Report on plague in the Punjab from October 1st ... to September 30th ..., being the ... season of plague in the province
Disease focus: Plague
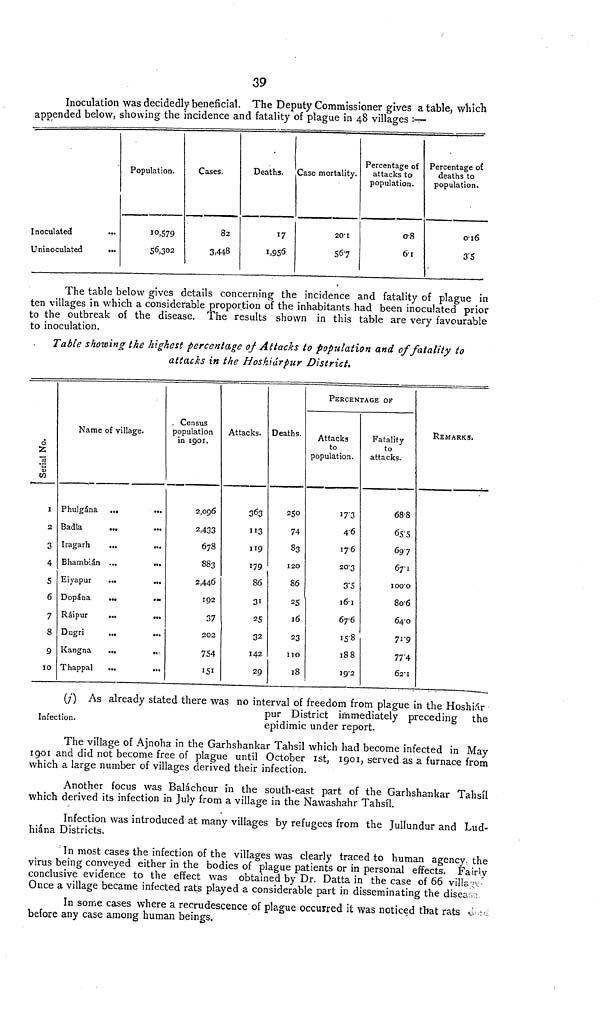
39
Inoculation was decidedly beneficial. The Deputy Commissioner gives a table, which
appended below, showing the incidence and fatality of plague in 48 villages :-
Inoculated
Uninoculated
Population.
10,579
56,302
Cases.
82
3,448
Deaths.
17
1,956
Case mortality.
20.1
56.7
Percentage of
attacks to
population.
0.8
6.1
Percentage of
deaths to
population.
0.16
3.5
The table below gives details concerning the incidence and fatality of plague in
ten villages in which a considerable proportion of the inhabitants had been inoculated prior
to the outbreak of the disease. The results shown in this table are very favourable
to inoculation.
Table showing the highest percentage of Attacks to population and of fatality to
attacks in the Hoshiárpur District.
Serial No.
1
2
3
4
5
6
7
8
9
10
Name of village.
Phulgána
...
Badla
Iragarh
...
...
Bhambián ...
Eiyapur
...
...
Dopána
...
Ráipur
...
Dugri
...
Kangna
...
...
Thappal
Census
population
in 1901.
2,096
2,433
678
883
2,446
192
37
202
754
151
Attacks.
363
113
119
179
86
31
25
32
142
29
Deaths.
250
74
83
120
86
25
16
23
110
18
PERCENTAGE OF
Attacks
to
population.
17.3
4.6
17.6
20.3
3.5
16.1
67.6
15.8
18.8
19.2
Fatality
to
attacks.
68.8
65.5
69.7
67.1
100.0
80.6
64.0
71.9
77.4
62.1
REMARKS.
Infection.
(j) As already stated there was no interval of freedom from plague in the Hoshiár
pur District immediately preceding the
epidimic under report.
The village of Ajnoha in the Garhshankar Tahsil which had become infected in May
1901 and did not become free of plague until October 1st, 1901, served as a furnace from
which a large number of villages derived their infection.
Another focus was Baláchour in the south-east part of the Garhshankar Tahsíl
which derived its infection in July from a village in the Nawashahr Tahsíl.
Infection was introduced at many villages by refugees from the Jullundur and Lud-
hiána Districts.
In most cases the infection of the villages was clearly traced to human agency, the
virus being conveyed either in the bodies of plague patients or in personal effects. Fairly
conclusive evidence to the effect was obtained by Dr. Datta in the case of 66 village
Once a village became infected rats played a considerable part in disseminating the diseas
In some cases where a recrudescence of plague occurred it was noticed that rats
before any case among human beings.